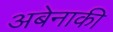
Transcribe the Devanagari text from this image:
अबेनाकी